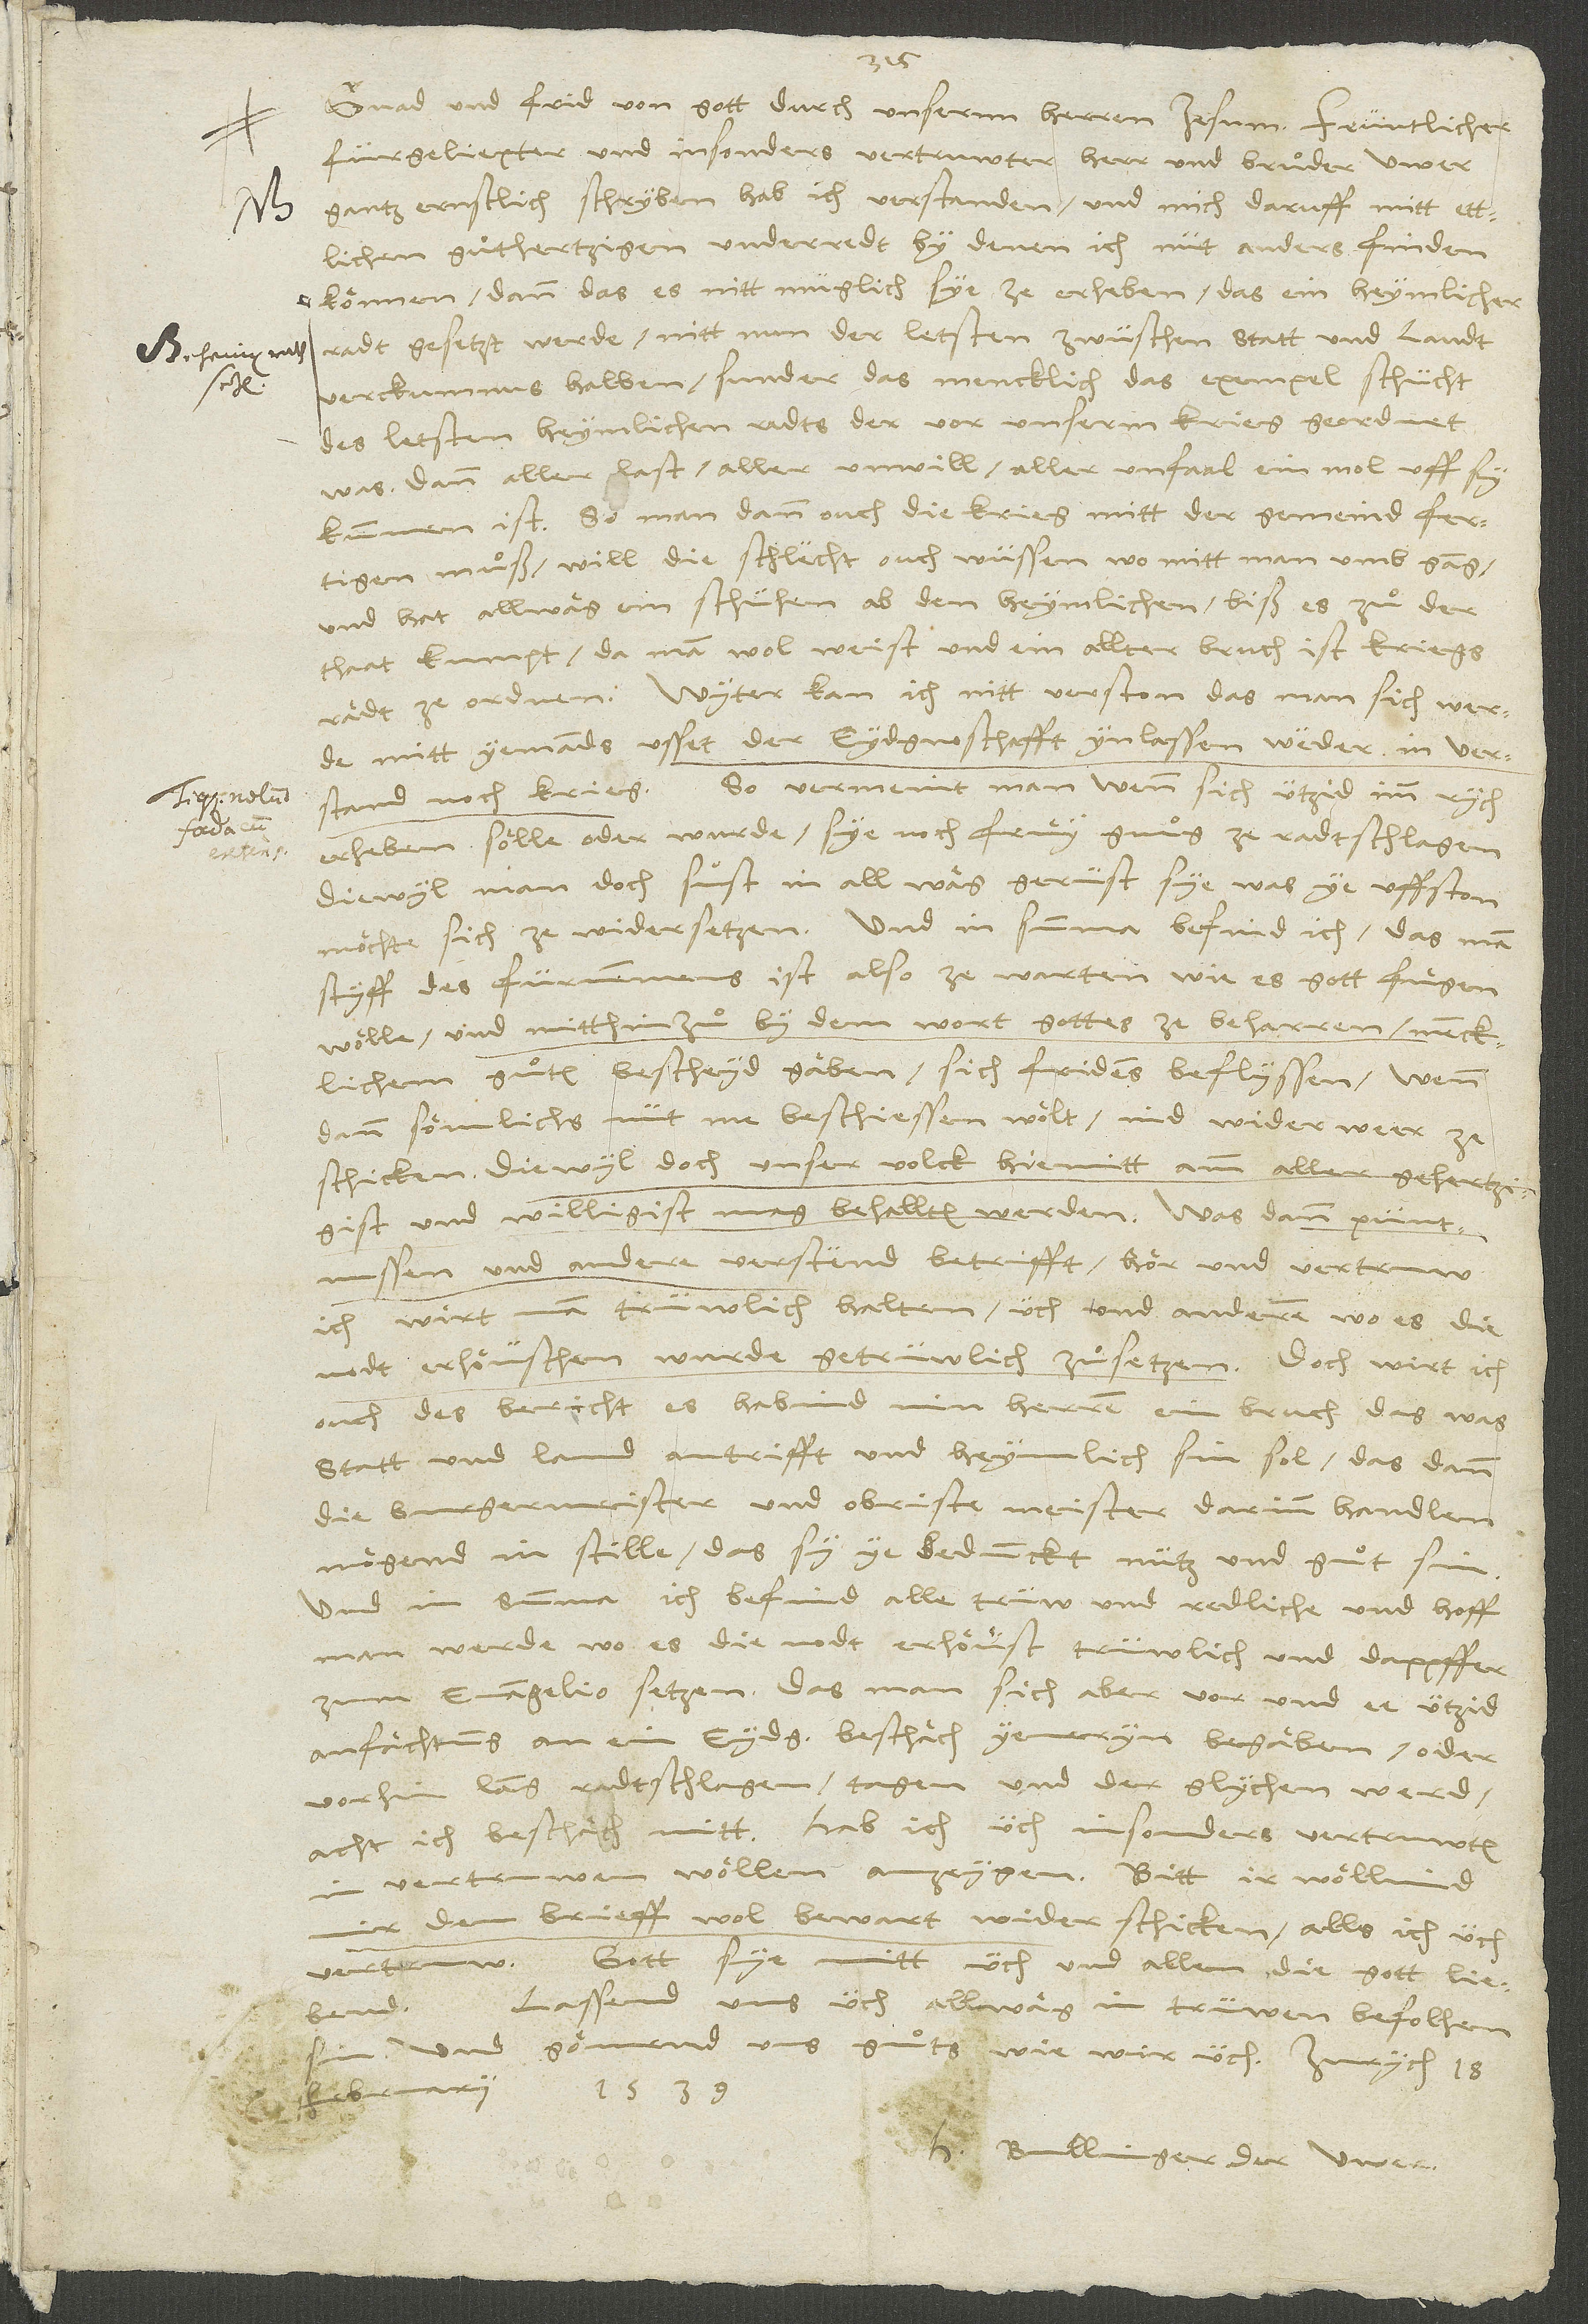
Gnad und frid von gott durch unsernn herren Iesum.
d.
fürgeliepter und insonders vertruwter herr und bruͦder, uwer
gantz ernstlich schryben hab ich verstanden und mich daruff mitt ettlichen
guͦthertzigen underredt, by denen ich nüt anders finden
können, dann das es nitt müglich sye ze erheben, das ein heymlicher
radt gesetzt werde, nitt nun der letsten zwüschen statt und landt
verckumnus halben, sunder das mencklich das exempel schücht
des letsten heymlichen radts, der vor unserm krieg geordnet
was; dann aller last, aller unwill, aller unfaal ein mol uff sy
kummen ist. So man dann ouch die krieg mitt der gemeind fertigen
muͦß, will die schlecht ouch wüssen, wo mitt man umb gang,
und hat allwäg ein schühen ab den heymlichen, biß es zuͦ der
thaat kumpt, da man wol weist und ein allter bruch ist, kriegs
Wyter kan ich nitt verston, das man sich werde
mitt yemands usset der eydgnoschafft ynlassen, weder in verstand
noch krieg. So vermeint man, wenn sich ützid imm rych
erheben sölle oder wurde, sye noch fruͤy gnuͦg ze radtschlagen,
diewyl man doch sust in all wäg gerüst sye, was ye uffston
möchte, sich ze widersetzen. Und in summa befind ich, das man
styff des fürnemmens ist, also ze warten, wie es gott fuͤgen
wölle, und mitthinzuͦby dem wort gottes ze beharren, mencklichem
guͦten bescheyd gäben, sich fridens beflyssen, wenn
dann sömlichs nüt me beschiessen wölt, sich ind widerweer ze
schicken, diewyl doch unser volck hiemitt amm aller gehertzigist
püntnussen und andere verstend betrifft, hör und vertruw
ich, wirt man trüwlich halten, üch und anderen, wo es die
ouch des bericht, es habind min herren ein bruch, das, was
statt und land antrifft und heymlich sin soll, das dann
die burgermeister und obriste meister darinn handlen
mögend in stille, das sy ye bedunckt nütz und guͦt sin.
Und in summa, ich befind alle trüw und redliche und hoff,
vorhin lang radtschlagen, tagen und der glychen werd,
in vertruwen wöllen anzeygen. Bitt, ir wöllind
mir den brieff wol bewart wider schicken, alls ich üch
Gott sye mitt üch und allen, die gott liebend.
Lassend uns üch allwäg in trüwen befolhen
und gönnend uns guͦts wie wir üch.
februarii 1539.
H. Bullinger der uwer.